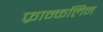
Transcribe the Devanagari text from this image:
फ्रान्कलिन